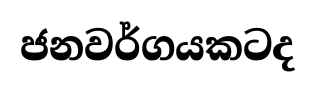
ජනවර්ගයකටද